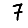
Digit: 7